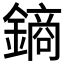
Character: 𨫢